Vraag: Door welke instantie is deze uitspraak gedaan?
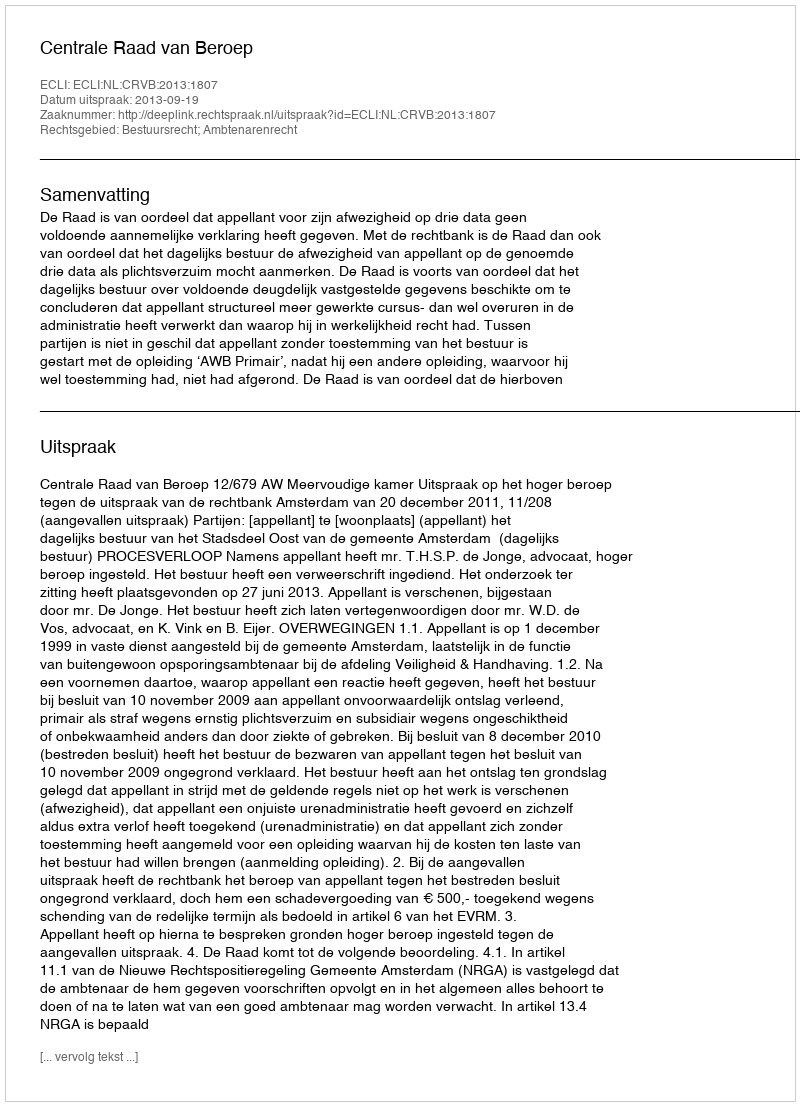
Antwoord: Centrale Raad van Beroep